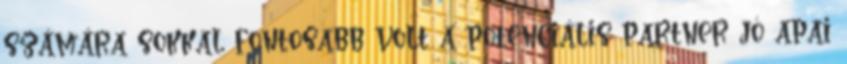
számára sokkal fontosabb volt a potenciális partner jó apai